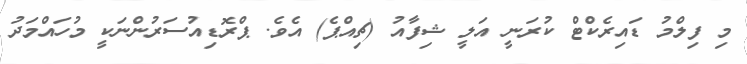
މި ފިލްމު ޑައިރެކްޓް ކުރަނީ އަލީ ޝިފާއު (ޗިއްޕެ) އެވެ. ޕްރޮޑިއުސަރުންނަކީ މުހައްމަދު